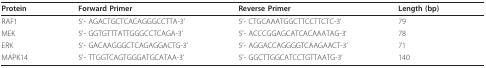
| Protein | Forward Primer | Reverse Primer | Length (bp) |
 | --- | --- | --- | --- |
 | RAF1 | 5'- AGACTGCTCACAGGGCCTTA-3' | 5'- CTGCAAATGGCTTCCTTCTC-3' | 79 |
 | MEK | 5'- GGTGTTTATTGGGCCTCAGA-3' | 5'- ACCCGGAGCATCACAAATAG-3' | 78 |
 | ERK | 5'- GACAAGGGCTCAGAGGACTG-3' | 5'- AGGACCAGGGGTCAAGAACT-3' | 71 |
 | MAPK14 | 5'- TTGGTCAGTGGGATGCATAA-3' | 5'- GGCTTGGCATCCTGTTAATG-3' | 140 |